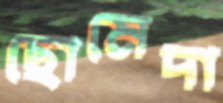
ছোমেদা